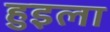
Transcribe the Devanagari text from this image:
हुइला